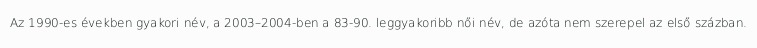
Az 1990-es években gyakori név, a 2003–2004-ben a 83-90. leggyakoribb női név, de azóta nem szerepel az első százban.